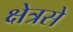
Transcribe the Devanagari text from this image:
क्षेत्रसे